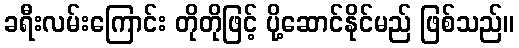
ခရီးလမ်းကြောင်း တိုတိုဖြင့် ပို့ဆောင်နိုင်မည် ဖြစ်သည်။